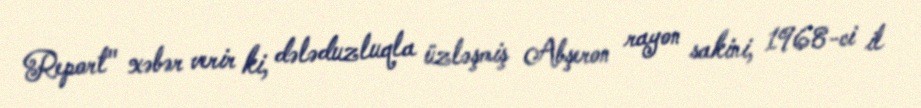
Report" xəbər verir ki, dələduzluqla üzləşmiş Abşeron rayon sakini, 1968-ci il